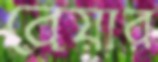
বেয়ার